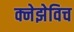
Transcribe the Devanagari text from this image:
क्नेझेविच